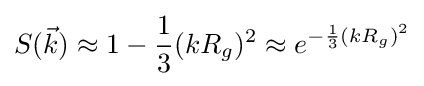
S({\vec {k}})\approx 1-{\frac {1}{3}}(kR_{g})^{2}\approx e^{-{\frac {1}{3}}(kR_{g})^{2}}